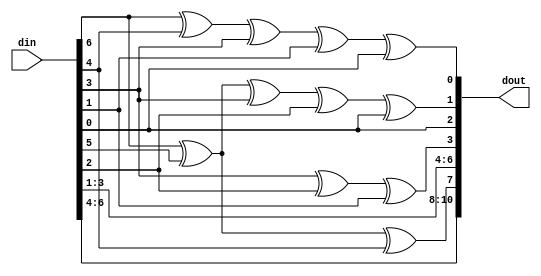
module HmamingEncoder(
       output reg[10:0] dout,
    input wire[6:0] din
);
always @(din) begin
    dout = MakeOddPatiryBit(din);
    $display ("din : %b , dout : %b , redundant bit = %b" , din , dout , {dout[7],dout[3],dout[1],dout[0]});
end
function [10:0]MakeOddPatiryBit(input [6:0] data);
    reg R8;
    reg R4;
    reg R2;
    reg R1;
    reg[10:0] tmp;
    begin
    tmp = {data[6:4] , R8 , data[3:1] ,R4 , data[0] , R2 , R1 };
    R1 = tmp[10] ^ tmp[8] ^ tmp[6] ^ tmp[4] ^ tmp[2] ;
    R2 = tmp[10] ^ tmp[9] ^ tmp[6] ^ tmp[5] ^ tmp[2] ;
    R4 = tmp[6] ^ tmp[5] ^ tmp[4];
    R8 = tmp[10] ^ tmp[9] ^ tmp[8];
    MakeOddPatiryBit = {data[6:4] , R8 , data[3:1] ,R4 , data[0] , R2 , R1 };
    end
endfunction
endmodule